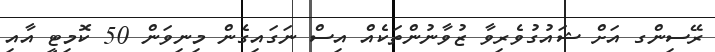
ރޭސިންގ އަށް ޝައުގުވެރިވާ ޒުވާނުންތަކެއް އިސް ނަގައިގެން މިނިވަން 50 ކޮމިޓީ އާއި